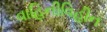
વાહિનીવિહીન